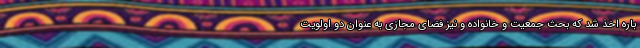
باره اخذ شد که بحث جمعیت و خانواده و نیز فضای مجازی به عنوان دو اولویت